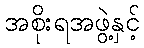
အစိုးရအဖွဲ့နှင့်